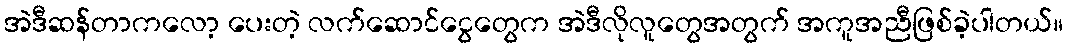
အဲဒီဆန်တာကလော့ ပေးတဲ့ လက်ဆောင်ငွေတွေက အဲဒီလိုလူတွေအတွက် အကူအညီဖြစ်ခဲ့ပါတယ်။